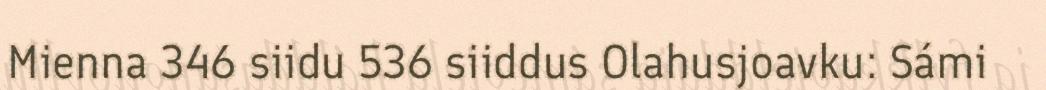
Mienna 346 siidu 536 siiddus Olahusjoavku: Sámi